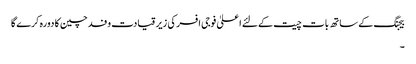
بیجنگ کے ساتھ بات چیت کےلئے اعلیٰ فوجی افسر کی زیر قیادت وفد چین کا دورہ کرے گا
۔